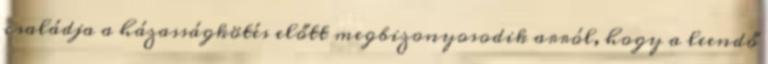
családja a házasságkötés előtt megbizonyosodik arról, hogy a leendő